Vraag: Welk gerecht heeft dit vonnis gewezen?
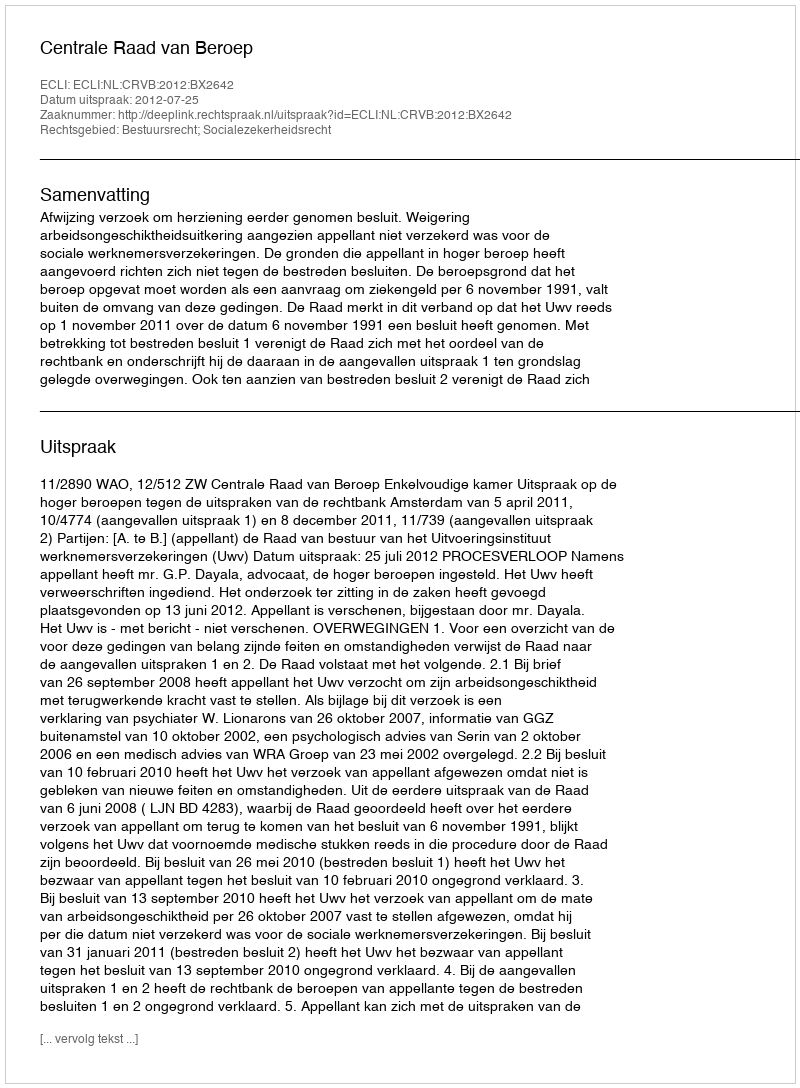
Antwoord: Centrale Raad van Beroep